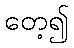
တေ့၍